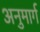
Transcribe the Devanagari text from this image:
अनुमार्ग